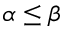
\alpha \le \beta